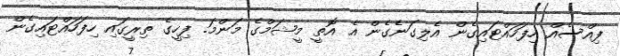
ފިއްސެއް ހިފަހައްޓައިގެން އެލިގަނެގެން އެ އޮތީ މީޝަމްގެ މަންމަ. ފިހީގެ ތިރީގައި ހިފަހައްޓައިގެން